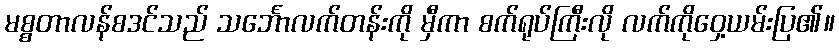
မစ္စတာလန်စဒင်သည် သင်္ဘောလက်တန်းကို မှီကာ စက်ရုပ်ကြီးလို လက်ကိုဝှေ့ယမ်းပြ၏။